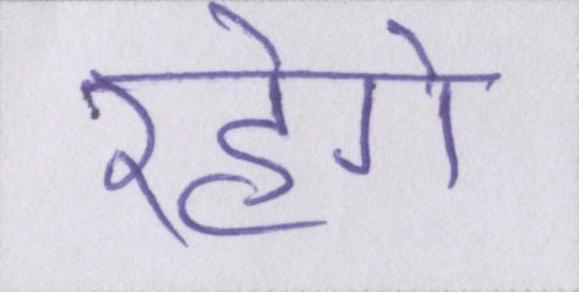
रहेगे